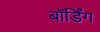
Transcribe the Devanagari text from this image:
बाॅर्डिंग